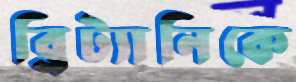
ব্রিট্যানিকে